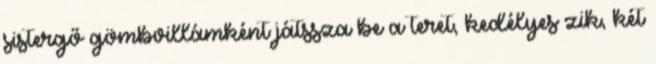
sistergő gömbvillámként játssza be a teret, kedélyes zik, két